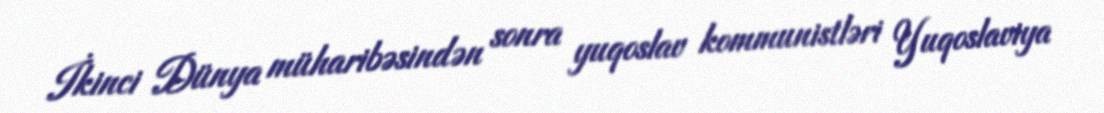
İkinci Dünya müharibəsindən sonra yuqoslav kommunistləri Yuqoslaviya